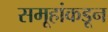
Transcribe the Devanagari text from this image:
समूहांकडून